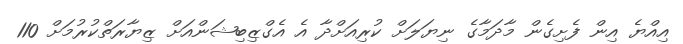
އިއްޔެ އިން ފެށިގެން މާދަމާގެ ނިޔަލަށް ކުރިއަށްދާ އެ އެގްޒިބިޝަންއަށް ޒިޔާރަތްކުރުމަށް 110